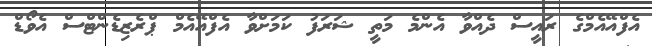
އެފްއޭއެމްގެ ރައީސް ދެއްވާ އެންމެ މަތީ ޝަރަފު ކަމަށްވާ އެފްއޭއެމް ޕްރެޒިޑެންޓްސް އެވޯޑް